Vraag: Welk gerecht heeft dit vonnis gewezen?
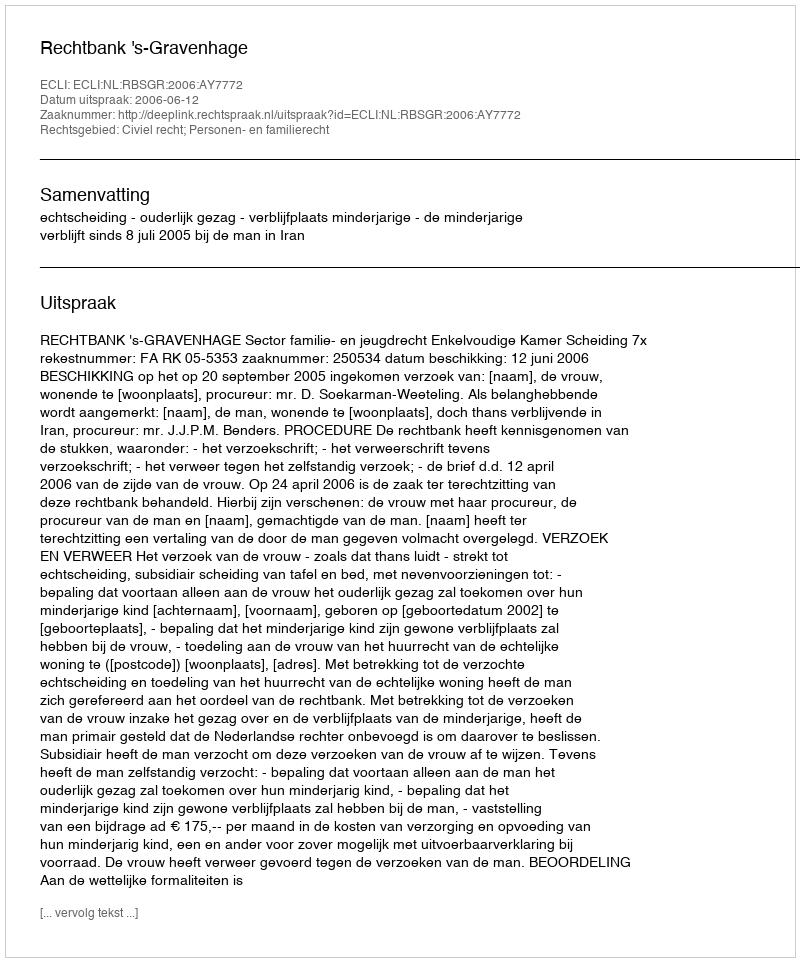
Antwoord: Rechtbank 's-Gravenhage